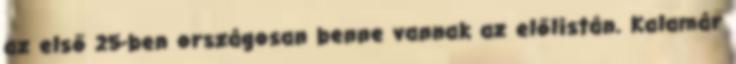
az első 25-ben országosan benne vannak az előlistán. Kalamár